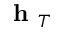
\textbf { h } _ { T }